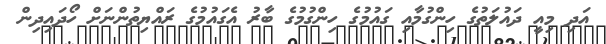
އަދި މިއީ ދައުލަތުގެ ހިންގުމާއި ގައުމުގެ ހިންގުމުގެ ބާރު އެގައުމުގެ ރައްޔިތުންނަށް ހޯދައިދިން